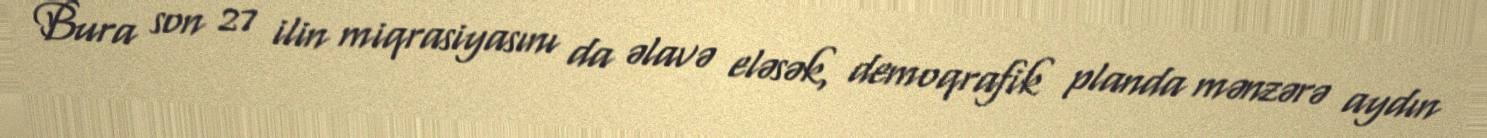
Bura son 27 ilin miqrasiyasını da əlavə eləsək, demoqrafik planda mənzərə aydın